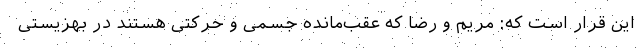
این قرار است که: مریم و رضا که عقب‌مانده جسمی و حرکتی هستند در بهزیستی